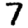
Digit: 7